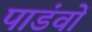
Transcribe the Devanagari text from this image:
पाडंवों